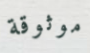
موثوقة